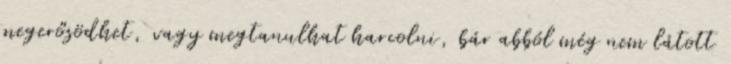
megerősödhet, vagy megtanulhat harcolni, bár abból még nem látott